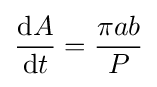
{\frac {\mathrm {d} A}{\mathrm {d} t}}={\frac {\pi ab}{P}}